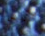
كبش